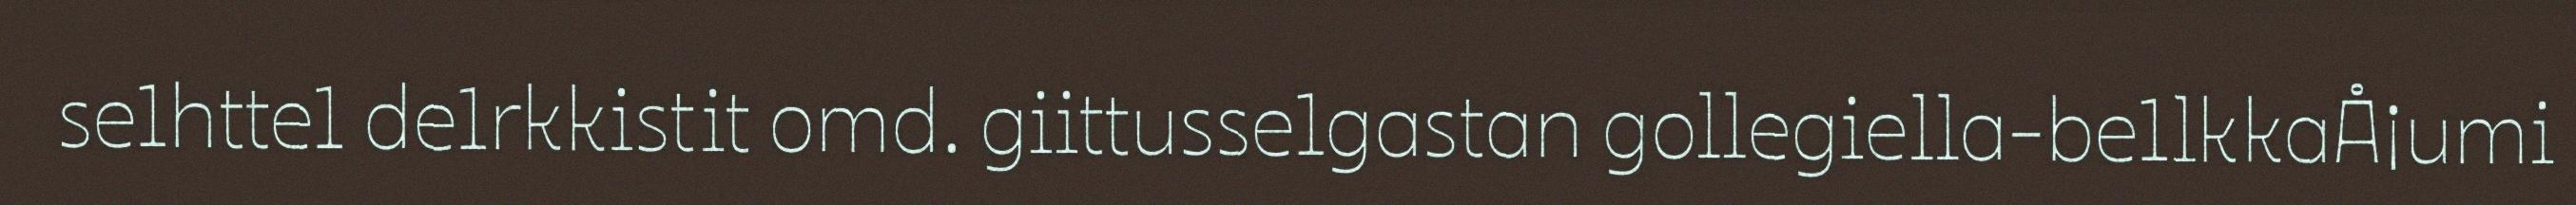
se1htte1 de1rkkistit omd. giittusse1gastan gollegiella-be1lkkaÅ¡umi